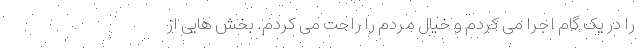
را در یک گام اجرا می کردم و خیال مردم را راحت می کردم. بخش هایی از